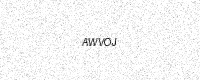
Text: AWVOJ